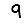
Digit: 9